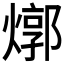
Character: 𤍪